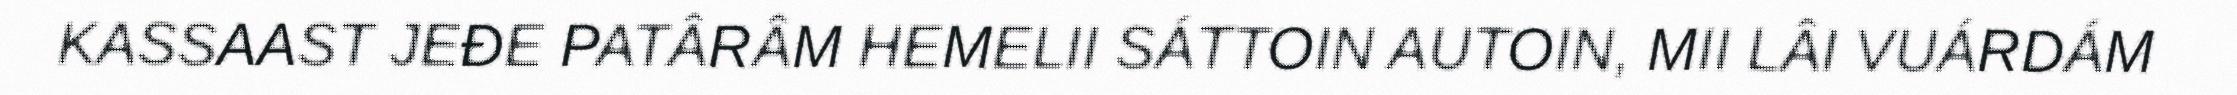
KASSAAST JEĐE PATÂRÂM HEMELII SÁTTOIN AUTOIN, MII LÂI VUÁRDÁM